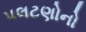
પલટણોનો